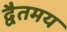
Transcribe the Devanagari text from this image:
द्वैतमय